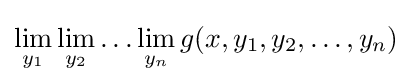
\lim _{y_{1}}\lim _{y_{2}}\ldots \lim _{y_{n}}g(x,y_{1},y_{2},\ldots ,y_{n})